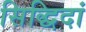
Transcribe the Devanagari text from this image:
सिद्धिदां